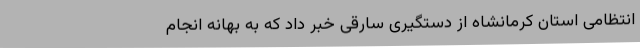
انتظامی استان کرمانشاه از دستگیری سارقی خبر داد که به بهانه انجام